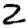
Digit: 2